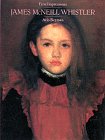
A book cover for First Impressions: James McNeill Whistler (First Impressions Series); Avis Berman; Teen & Young Adult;